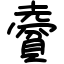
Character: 𧷨